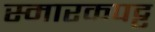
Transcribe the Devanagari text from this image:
स्मारकपट्ट